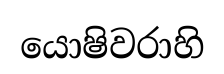
යොෂිවරාහි